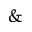
\&